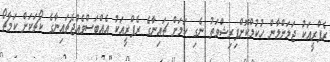
ރެފްރީއަކު ޖަލަށްލާން ހުކުމްކޮށްފިރިޝްވަތު ނެގި ކަމަށް ޗައިނާގެ ރެފްރީއަކު އެއްބަސްވެއްޖެޗައިނާގެ ކޯޗަކަށް ކަމާޗޯ